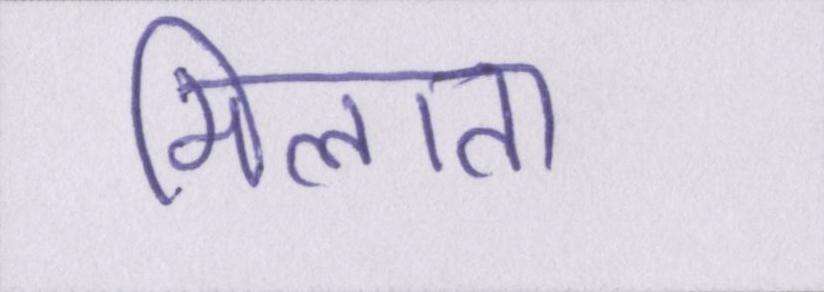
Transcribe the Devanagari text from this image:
मिलाता